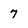
Character: 7